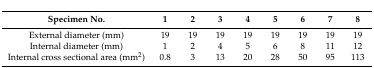
<table><thead><tr><td><b>Specimen No.</b></td><td><b>1</b></td><td><b>2</b></td><td><b>3</b></td><td><b>4</b></td><td><b>5</b></td><td><b>6</b></td><td><b>7</b></td><td><b>8</b></td></tr></thead><tbody><tr><td>External diameter (mm)</td><td>19</td><td>19</td><td>19</td><td>19</td><td>19</td><td>19</td><td>19</td><td>19</td></tr><tr><td>Internal diameter (mm)</td><td>1</td><td>2</td><td>4</td><td>5</td><td>6</td><td>8</td><td>11</td><td>12</td></tr><tr><td>Internal cross sectional area (mm<sup>2</sup>)</td><td>0.8</td><td>3</td><td>13</td><td>20</td><td>28</td><td>50</td><td>95</td><td>113</td></tr></tbody></table>